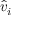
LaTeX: { \hat { v } } _ { i }